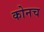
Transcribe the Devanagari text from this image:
कोनच